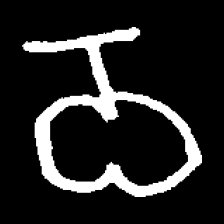
Pyu character \u2014 Myanmar letter: ဝ (romanized: wa)